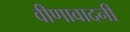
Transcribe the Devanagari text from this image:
वीणावादनी